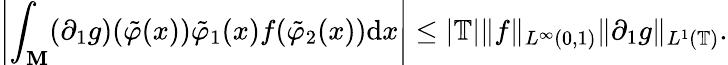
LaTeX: \left|\int_{\mathbf{M}}(\partial_{1}g)(\tilde{{\varphi}}(x))\tilde{{\varphi}}_{1}(x)f(\tilde{{\varphi}}_{2}(x))\mathrm{{d}}x\right|\leq|\mathbb{{T}}|\| f\| _{L^{\infty}(0,1)}\| \partial_{1}g\| _{L^{1}(\mathbb{{T}})}.